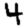
Digit: 4